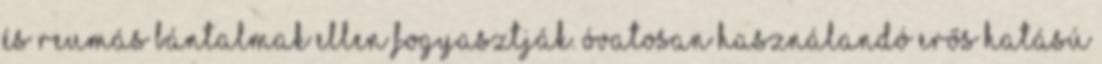
és reumás bántalmak ellen fogyasztják. Óvatosan használandó erős hatású